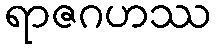
ရာဇဂဟဿ